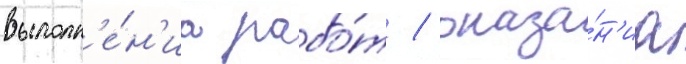
выполн'е́н'иа рабо́т / оказа́н'иа